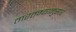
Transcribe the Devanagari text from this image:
तारतम्यानुसार